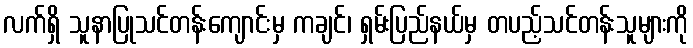
လက်ရှိ သူနာပြုသင်တန်းကျောင်းမှ ကချင်၊ ရှမ်းပြည်နယ်မှ တပည့်သင်တန်းသူများကို